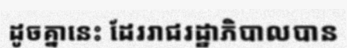
ដូចគ្នានេះ ដែររាជរដ្ឋាភិបាលបាន